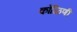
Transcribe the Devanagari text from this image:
कोळिणी